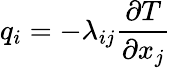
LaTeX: q_{i}=-\lambda_{ij}{\frac{\partial T}{\partial x_{j}}}